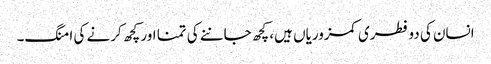
انسان کی دو فطری کمزوریاں ہیں، کچھ جاننے کی تمنا اور کچھ کرنے کی امنگ۔